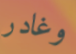
وغادر